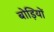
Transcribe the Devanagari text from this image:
बोड़ियों